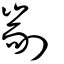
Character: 剬